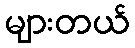
များတယ်